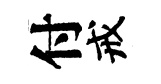
付戒